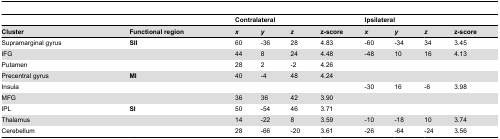
<table><thead><tr><td colspan="2"></td><td colspan="4"><b>Contralateral</b></td><td colspan="4"><b>Ipsilateral</b></td></tr><tr><td><b>Cluster</b></td><td><b>Functional region</b></td><td><b><i>x</i></b></td><td><b><i>y</i></b></td><td><b><i>z</i></b></td><td><b>z-score</b></td><td><b><i>x</i></b></td><td><b><i>y</i></b></td><td><b><i>z</i></b></td><td><b>z-score</b></td></tr></thead><tbody><tr><td>Supramarginal gyrus</td><td><b>SII</b></td><td>60</td><td>-36</td><td>28</td><td>4.83</td><td>-60</td><td>-34</td><td>34</td><td>3.45</td></tr><tr><td>IFG</td><td></td><td>44</td><td>8</td><td>24</td><td>4.48</td><td>-48</td><td>10</td><td>16</td><td>4.13</td></tr><tr><td>Putamen</td><td></td><td>28</td><td>2</td><td>-2</td><td>4.26</td><td></td><td></td><td></td><td></td></tr><tr><td>Precentral gyrus</td><td><b>MI</b></td><td>40</td><td>-4</td><td>48</td><td>4.24</td><td></td><td></td><td></td><td></td></tr><tr><td>Insula</td><td></td><td></td><td></td><td></td><td></td><td>-30</td><td>16</td><td>-6</td><td>3.98</td></tr><tr><td>MFG</td><td></td><td>36</td><td>36</td><td>42</td><td>3.90</td><td></td><td></td><td></td><td></td></tr><tr><td>IPL</td><td><b>SI</b></td><td>50</td><td>-54</td><td>46</td><td>3.71</td><td></td><td></td><td></td><td></td></tr><tr><td>Thalamus</td><td></td><td>14</td><td>-22</td><td>8</td><td>3.59</td><td>-10</td><td>-18</td><td>10</td><td>3.74</td></tr><tr><td>Cerebellum</td><td></td><td>28</td><td>-66</td><td>-20</td><td>3.61</td><td>-26</td><td>-64</td><td>-24</td><td>3.56</td></tr></tbody></table>